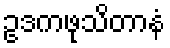
ဥဒကဖုသိတာနံ